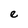
Character: e